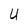
Character: U